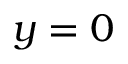
y = 0